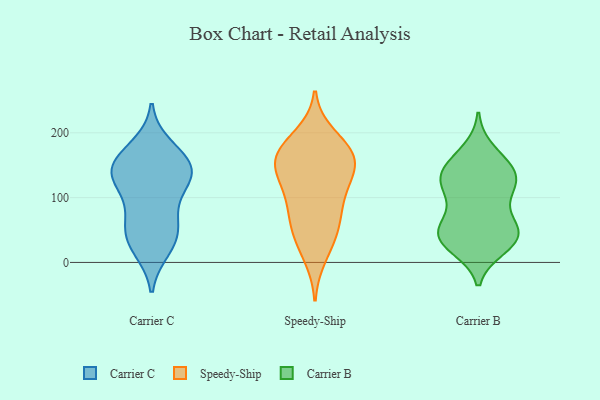
{"axis": {"x": "Humidity (%)", "y": "Value"}, "legend": ["Carrier B", "Carrier C", "Speedy-Ship"], "data": [{"x": "", "y": 37, "type": "Carrier C"}, {"x": "", "y": 127, "type": "Carrier C"}, {"x": "", "y": 67, "type": "Carrier C"}, {"x": "", "y": 151, "type": "Carrier C"}, {"x": "", "y": 64, "type": "Carrier C"}, {"x": "", "y": 140, "type": "Carrier C"}, {"x": "", "y": 159, "type": "Carrier C"}, {"x": "", "y": 22, "type": "Carrier C"}, {"x": "", "y": 36, "type": "Carrier C"}, {"x": "", "y": 143, "type": "Carrier C"}, {"x": "", "y": 112, "type": "Carrier C"}, {"x": "", "y": 136, "type": "Carrier C"}, {"x": "", "y": 177, "type": "Carrier C"}, {"x": "", "y": 160, "type": "Speedy-Ship"}, {"x": "", "y": 46, "type": "Speedy-Ship"}, {"x": "", "y": 10, "type": "Speedy-Ship"}, {"x": "", "y": 175, "type": "Speedy-Ship"}, {"x": "", "y": 102, "type": "Speedy-Ship"}, {"x": "", "y": 173, "type": "Speedy-Ship"}, {"x": "", "y": 64, "type": "Speedy-Ship"}, {"x": "", "y": 141, "type": "Speedy-Ship"}, {"x": "", "y": 129, "type": "Speedy-Ship"}, {"x": "", "y": 38, "type": "Speedy-Ship"}, {"x": "", "y": 151, "type": "Speedy-Ship"}, {"x": "", "y": 77, "type": "Speedy-Ship"}, {"x": "", "y": 195, "type": "Speedy-Ship"}, {"x": "", "y": 170, "type": "Speedy-Ship"}, {"x": "", "y": 100, "type": "Speedy-Ship"}, {"x": "", "y": 147, "type": "Speedy-Ship"}, {"x": "", "y": 126, "type": "Carrier B"}, {"x": "", "y": 56, "type": "Carrier B"}, {"x": "", "y": 24, "type": "Carrier B"}, {"x": "", "y": 57, "type": "Carrier B"}, {"x": "", "y": 119, "type": "Carrier B"}, {"x": "", "y": 149, "type": "Carrier B"}, {"x": "", "y": 124, "type": "Carrier B"}, {"x": "", "y": 112, "type": "Carrier B"}, {"x": "", "y": 117, "type": "Carrier B"}, {"x": "", "y": 31, "type": "Carrier B"}, {"x": "", "y": 41, "type": "Carrier B"}, {"x": "", "y": 42, "type": "Carrier B"}, {"x": "", "y": 172, "type": "Carrier B"}, {"x": "", "y": 39, "type": "Carrier B"}, {"x": "", "y": 150, "type": "Carrier B"}, {"x": "", "y": 144, "type": "Carrier B"}, {"x": "", "y": 73, "type": "Carrier B"}, {"x": "", "y": 34, "type": "Carrier B"}]}